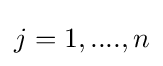
j=1,....,n